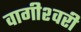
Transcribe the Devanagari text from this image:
वागीश्‍वरी